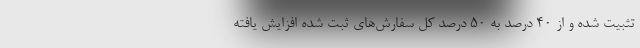
تثبیت شده و از ۴۰ درصد به ۵۰ درصد کل سفارش‌های ثبت شده افزایش یافته